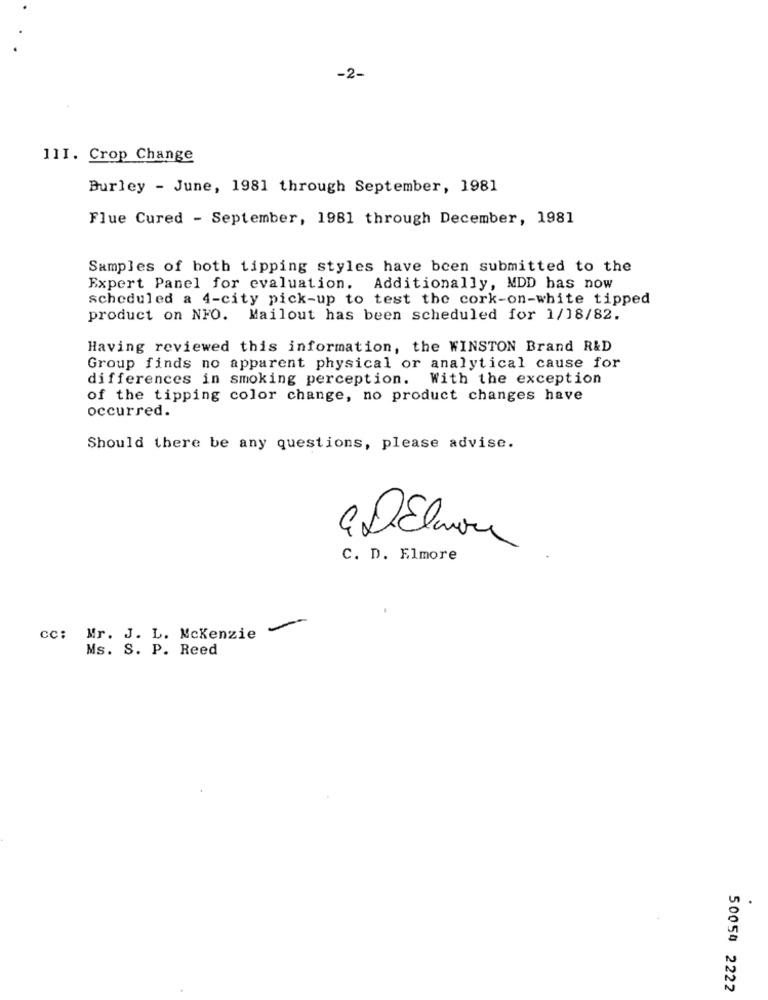
-2-
11I. Crop Change
Burley - June, 1981 through September, 1981
Flue Cured - September, 1981 through December, 1981
Samples of both tipping styles have been submitted to the
Expert Panel for evaluation. Additionally, MDD has now
scheduled a 4-city pick-up to test the cork-on-white tipped
product on NFO. Mailout has been scheduled for 1/18/82.
Having reviewed this information, the WINSTON Brand R&D
Group finds no apparent physical or analytical cause for
differences in smoking perception. With the exception
of the tipping color change, no product changes have
occurred.
Should there be any questions, please advise.
C. D. Elmore
cc: Mr. J. L. Mckenzie
Ms. S. P. Reed
50054 2222